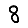
Digit: 8